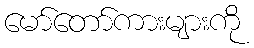
မော်တော်ကားများကို